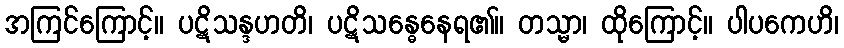
အကြင်ကြောင့်။ ပဋိသန္ဒဟတိ၊ ပဋိသန္ဓေနေရ၏။ တသ္မာ၊ ထိုကြောင့်။ ပါပကေဟိ၊